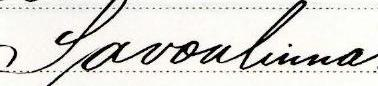
Savonlinna